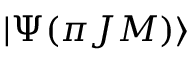
| \Psi ( { \pi } J M ) \rangle